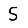
Digit: 5